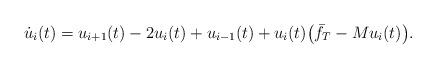
LaTeX: \begin{align*}\dot u_i(t)=u_{i+1}(t)-2u_i(t)+u_{i-1}(t)+u_i(t) \big(\bar f_T - Mu_i(t)\big).\end{align*}